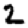
Digit: 2